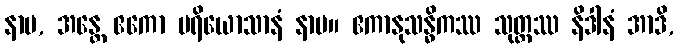
နာမ, အန္တေ ဧကော ပရိယောသာနံ နာမ။ ဧကာနုသန္ဓိကဿ သုတ္တဿ နိဒါနံ အာဒိ,